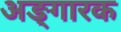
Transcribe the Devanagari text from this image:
अङ्गारक